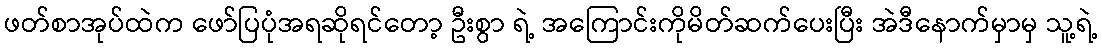
ဖတ်စာအုပ်ထဲက ဖော်ပြပုံအရဆိုရင်တော့ ဦးစွာ ရဲ့ အကြောင်းကိုမိတ်ဆက်ပေးပြီး အဲဒီနောက်မှာမှ သူ့ရဲ့